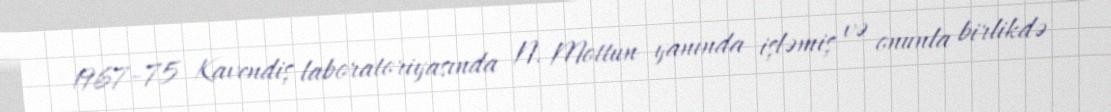
1967–75 Kavendiş laboratoriyasında N. Mottun yanında işləmiş və onunla birlikdə